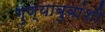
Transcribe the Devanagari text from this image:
गुण्याबुवांशी